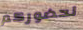
لحضوركم